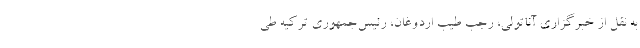
به نقل از خبرگزاری آناتولی، رجب طیب اردوغان، رئیس‌جمهوری ترکیه طی